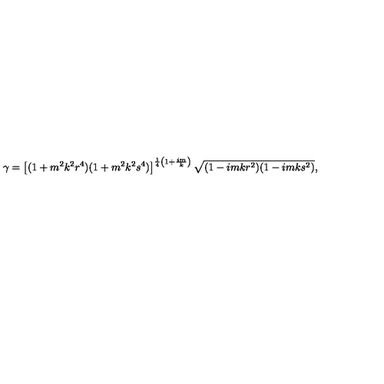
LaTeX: \gamma = \left[ ( 1 + m ^ { 2 } k ^ { 2 } r ^ { 4 } ) ( 1 + m ^ { 2 } k ^ { 2 } s ^ { 4 } ) \right] ^ { \frac { 1 } { 4 } \left( 1 + \frac { i m } { k } \right) } \sqrt { ( 1 - i m k r ^ { 2 } ) ( 1 - i m k s ^ { 2 } ) } ,